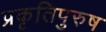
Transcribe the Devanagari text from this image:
प्रकृतिपुरुष